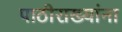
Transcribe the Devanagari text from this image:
पाठीराख्यांना